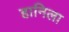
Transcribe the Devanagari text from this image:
हानिला